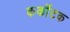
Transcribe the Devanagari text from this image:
कर्कॊटक